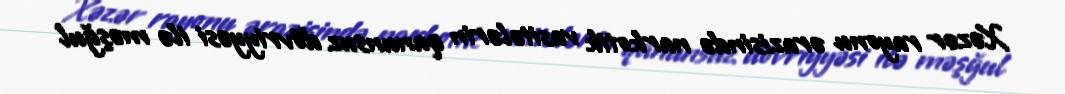
Xəzər rayonu ərazisində narkotik vasitələrin qanunsuz dövriyyəsi ilə məşğul